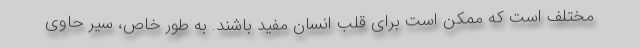
مختلف است که ممکن است برای قلب انسان مفید باشند. به طور خاص، سیر حاوی